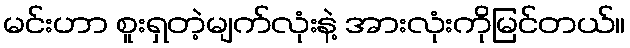
မင်းဟာ စူးရှတဲ့မျက်လုံးနဲ့ အားလုံးကိုမြင်တယ်။